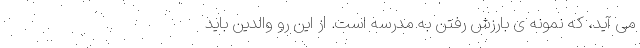
می آید، که نمونه ی بارزش رفتن به مدرسه است. از این رو والدین باید